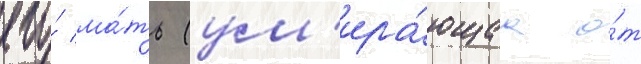
его́ ма́ть (ум'ира́ющаа о́т